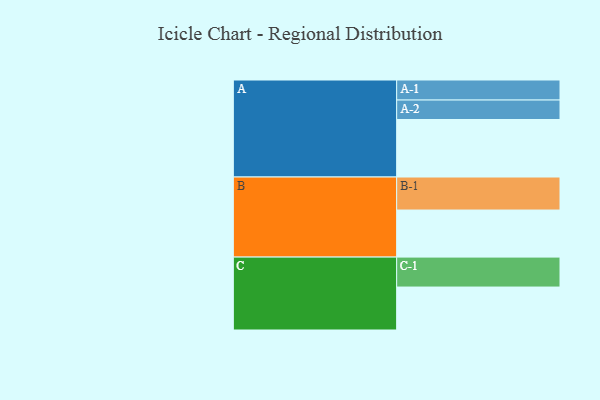
{"axis": {"x": "Segment", "y": "Value"}, "legend": ["", "A", "B", "C"], "data": [{"x": "A", "y": 434, "type": ""}, {"x": "B", "y": 355, "type": ""}, {"x": "C", "y": 324, "type": ""}, {"x": "A-1", "y": 151, "type": "A"}, {"x": "A-2", "y": 147, "type": "A"}, {"x": "B-1", "y": 249, "type": "B"}, {"x": "C-1", "y": 226, "type": "C"}]}